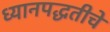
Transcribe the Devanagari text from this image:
ध्यानपद्धतीचे